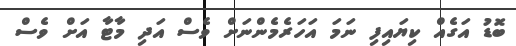
ބޮޑު އަގެއް ކިޔައިފި ނަމަ އަހަރެމެންނަށް ވެސް އަދި މާޓާ އަށް ވެސް